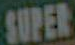
SUPER